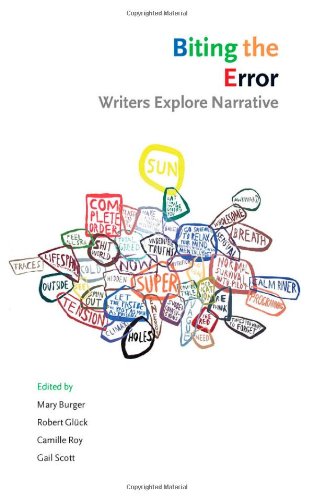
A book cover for Biting the Error: Writers Explore Narrative; Literature & Fiction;